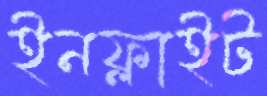
ইনফ্লাইট